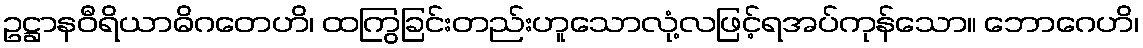
ဥဋ္ဌာနဝီရိယာဓိဂတေဟိ၊ ထကြွခြင်းတည်းဟူသောလုံ့လဖြင့်ရအပ်ကုန်သော။ ဘောဂေဟိ၊